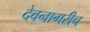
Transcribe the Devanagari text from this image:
देवनागरीच